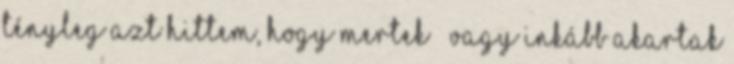
tényleg azt hittem, hogy mertek – vagy inkább akartak